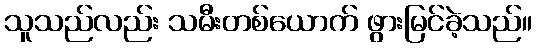
သူသည်လည်း သမီးတစ်ယောက် ဖွားမြင်ခဲ့သည်။